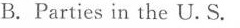
B. Parties in the U.S.